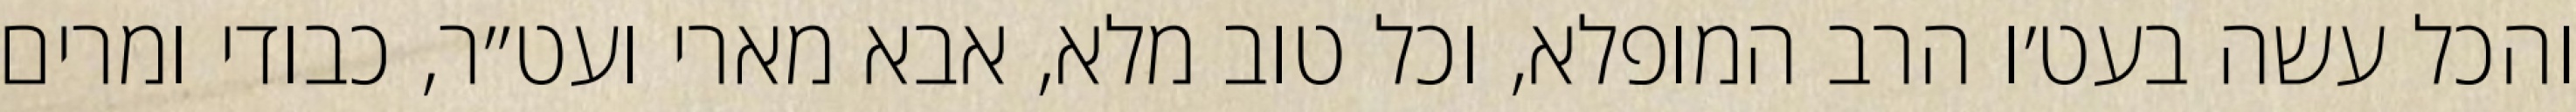
והכל עשה בעט׳ו הרב המופלא, וכל טוב מלא, אבא מארי ועט״ר, כבודי ומרים